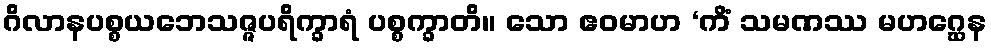
ဂိလာနပစ္စယဘေသဇ္ဇပရိက္ခာရံ ပစ္စက္ခာတိ။ သော ဧဝမာဟ ‘ကိံ သမဏဿ မဟဂ္ဃေန